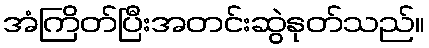
အံကြိတ်ပြီးအတင်းဆွဲနုတ်သည်။